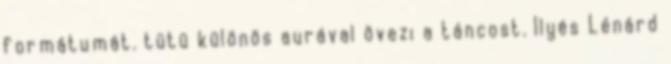
formátumát. tütü különös aurával övezi a táncost. Ilyés Lénárd